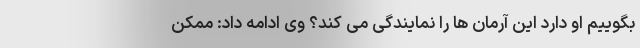
بگوییم او دارد این آرمان ها را نمایندگی می کند؟ وی ادامه داد: ممکن